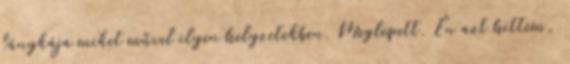
lánykája miket művel ilyen helyzetekben. Meglepett. Én azt hittem,